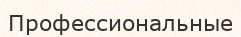
Профессиональные